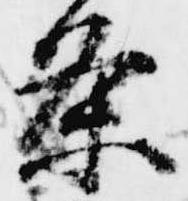
条